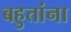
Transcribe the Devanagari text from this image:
बहुतांना